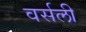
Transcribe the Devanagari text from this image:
वर्सली